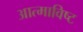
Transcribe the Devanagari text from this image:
आत्माविष्ट